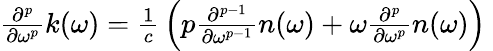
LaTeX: {\begin{array}{c}{{\frac{{\partial}^{p}}{\partial{\omega}^{p}}}k\mathrm{(}\omega\mathrm{)}={\frac{1}{c}}\left(p{\frac{{\partial}^{p-1}}{\partial{\omega}^{p-1}}}n\mathrm{(}\omega\mathrm{)}+\omega{\frac{{\partial}^{p}}{\partial{\omega}^{p}}}n\mathrm{(}\omega\mathrm{)}\right)\ }\end{array}}